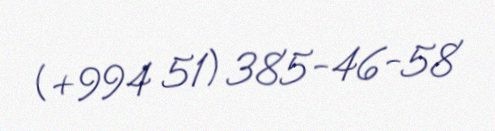
(+994 51) 385-46-58